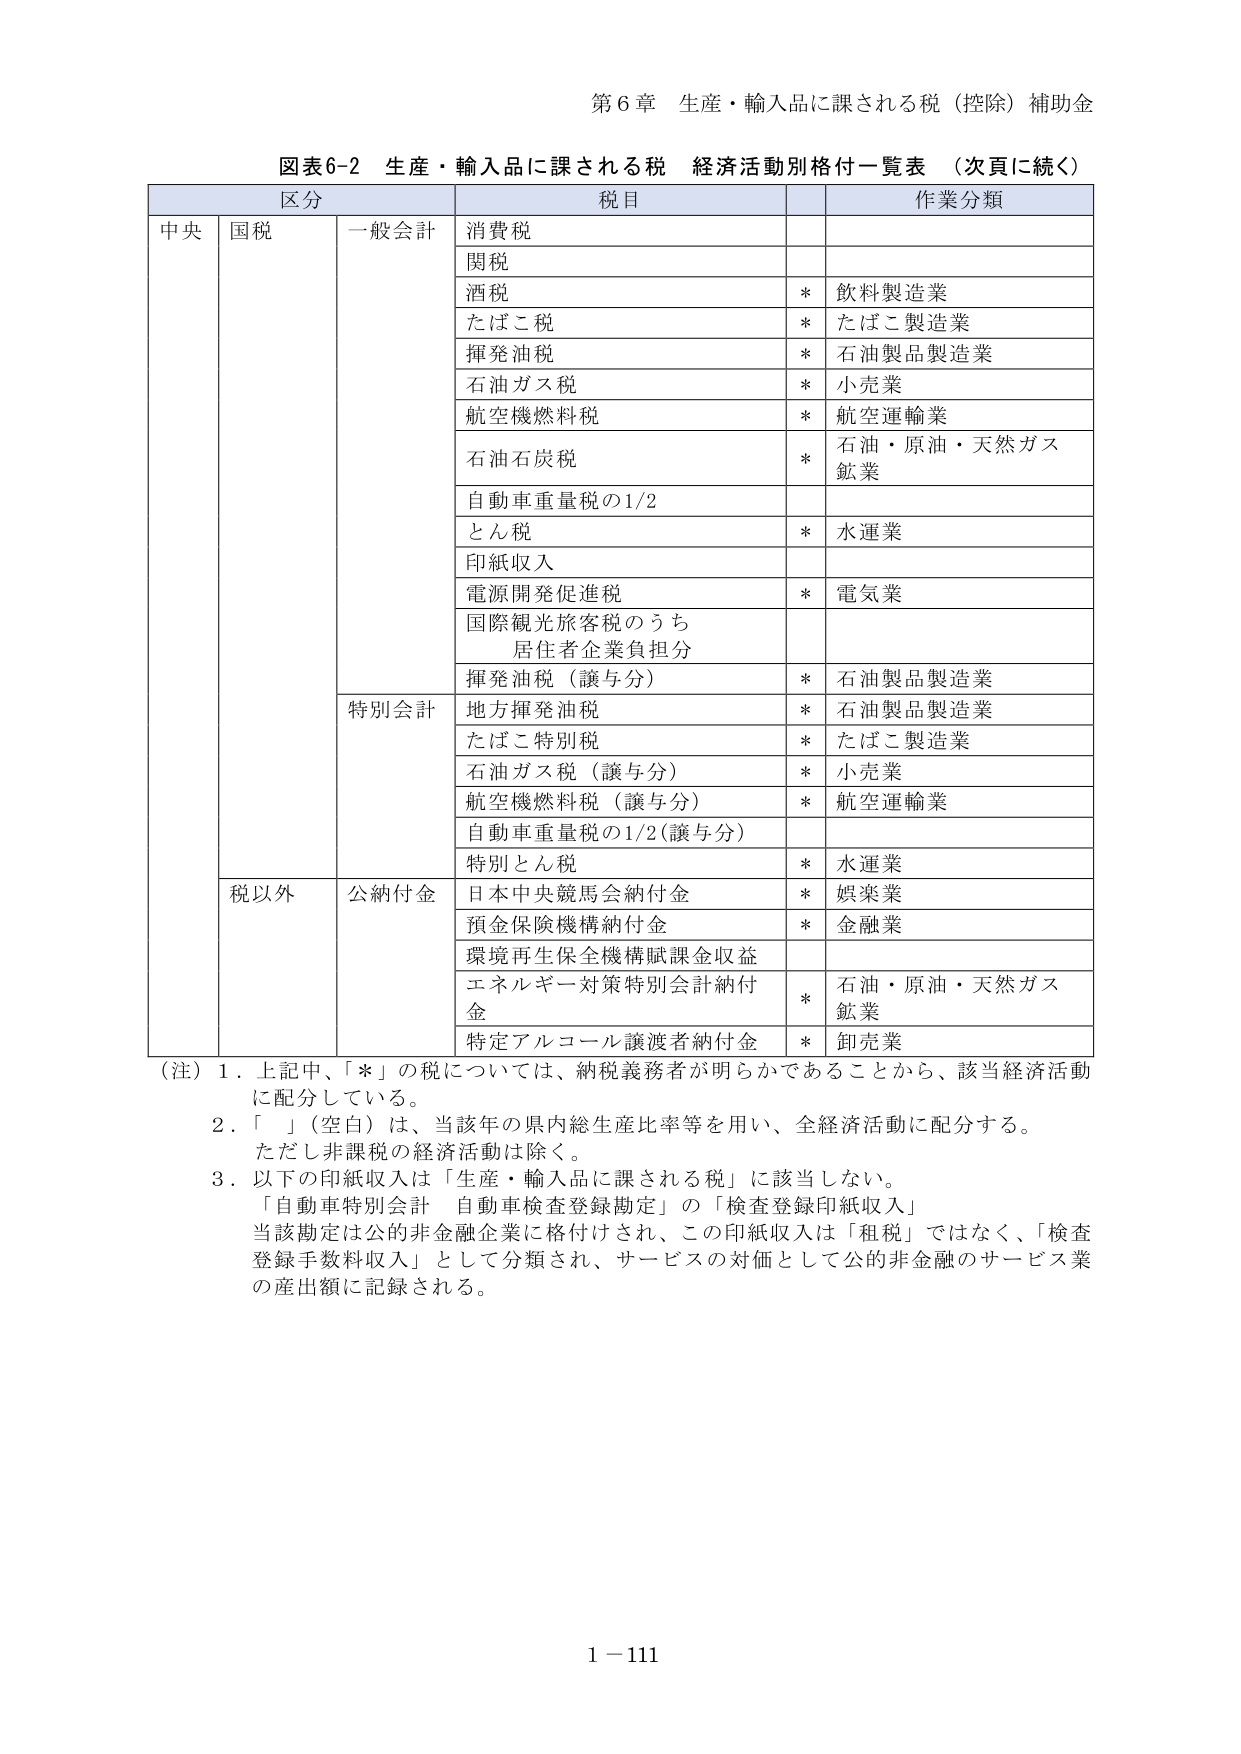
第６章 生産・輸入品に課される税（控除）補助金

図表6-2 生産・輸入品に課される税 経済活動別格付一覧表 （次頁に続く）

区分 税目 作業分類
中央 国税 一般会計 消費税
関税
酒税 * 飲料製造業
たばこ税 * たばこ製造業
揮発油税 * 石油製品製造業
石油ガス税 * 小売業
航空機燃料税 * 航空運輸業
石油石炭税 * 石油・原油・天然ガス鉱業
自動車重量税の1/2
とん税 * 水運業
印紙収入
電源開発促進税 * 電気業
国際観光旅客税のうち 居住者企業負担分
揮発油税（譲与分） * 石油製品製造業
特別会計 地方揮発油税 * 石油製品製造業
たばこ特別税 * たばこ製造業
石油ガス税（譲与分） * 小売業
航空機燃料税（譲与分） * 航空運輸業
自動車重量税の1/2(譲与分)
特別とん税 * 水運業
税以外 公納付金 日本中央競馬会納付金 * 娯楽業
預金保険機構納付金 * 金融業
環境再生保全機構賦課金収益
エネルギー対策特別会計納付金 * 石油・原油・天然ガス鉱業
特定アルコール譲渡者納付金 * 卸売業

（注）１．上記中、「＊」の税については、納税義務者が明らかであることから、該当経済活動に配分している。
２．「　」（空白）は、当該年の県内総生産比率等を用い、全経済活動に配分する。ただし非課税の経済活動は除く。
３．以下の印紙収入は「生産・輸入品に課される税」に該当しない。
「自動車特別会計 自動車検査登録勘定」の「検査登録印紙収入」
当該勘定は公的非金融企業に格付けされ、この印紙収入は「租税」ではなく、「検査登録手数料収入」として分類され、サービスの対価として公的非金融のサービス業の産出額に記録される。

1－111